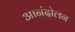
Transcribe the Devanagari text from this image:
आनंदोलन